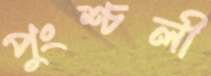
পুংশ্চলী